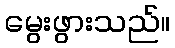
မွေးဖွားသည်။